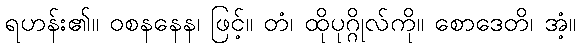
ရဟန်း၏။ ဝစနနေန၊ ဖြင့်။ တံ၊ ထိုပုဂ္ဂိုလ်ကို။ စောဒေတိ၊ အံ့။